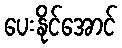
ပေးနိုင်အောင်